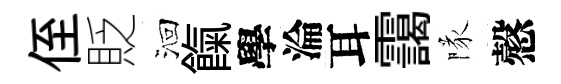
侄貶洄餼學淪耳靄隊慤